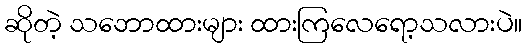
ဆိုတဲ့ သဘောထားများ ထားကြလေရော့သလားပဲ။